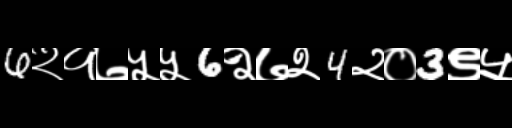
Text: 6२१७५५6२७२4२०3९५